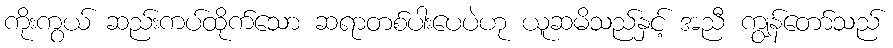
ကိုးကွယ် ဆည်းကပ်ထိုက်သော ဆရာတစ်ပါးပေပဲဟု ယူဆမိသည်နှင့် အညီ ကျွန်တော်သည်